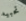
تحبيه